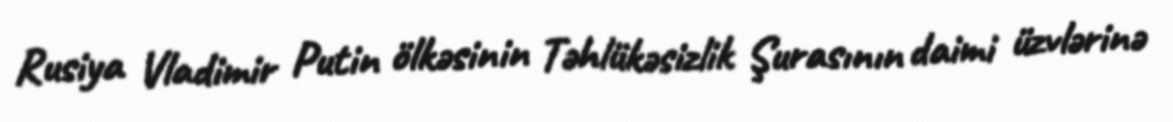
Rusiya Vladimir Putin ölkəsinin Təhlükəsizlik Şurasının daimi üzvlərinə